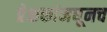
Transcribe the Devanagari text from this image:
प्रेक्षकांमधूनच